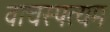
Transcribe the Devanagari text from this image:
वाचस्पत्यम